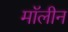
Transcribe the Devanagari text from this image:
मॉलीन